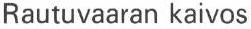
Rautuvaaran kaivos